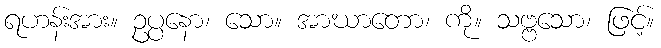
ရဟန်းအား။ ဥပ္ပနော၊ သော။ အာဃာတော၊ ကို။ သဗ္ဗသော၊ ဖြင့်။